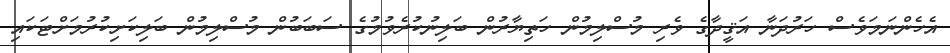
އެހެންނަމަވެސް ހަރުދަނާ އަޤީދާގެ ވެރި މުސްލިމުން ހަތިޔާރުން ބަލިނުކުރެވުމުގެ ސަބަބުން މުސްލިމުން ބަލިކަށިކުރުމަށްޓަކައި